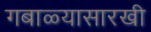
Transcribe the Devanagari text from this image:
गबाळ्यासारखी